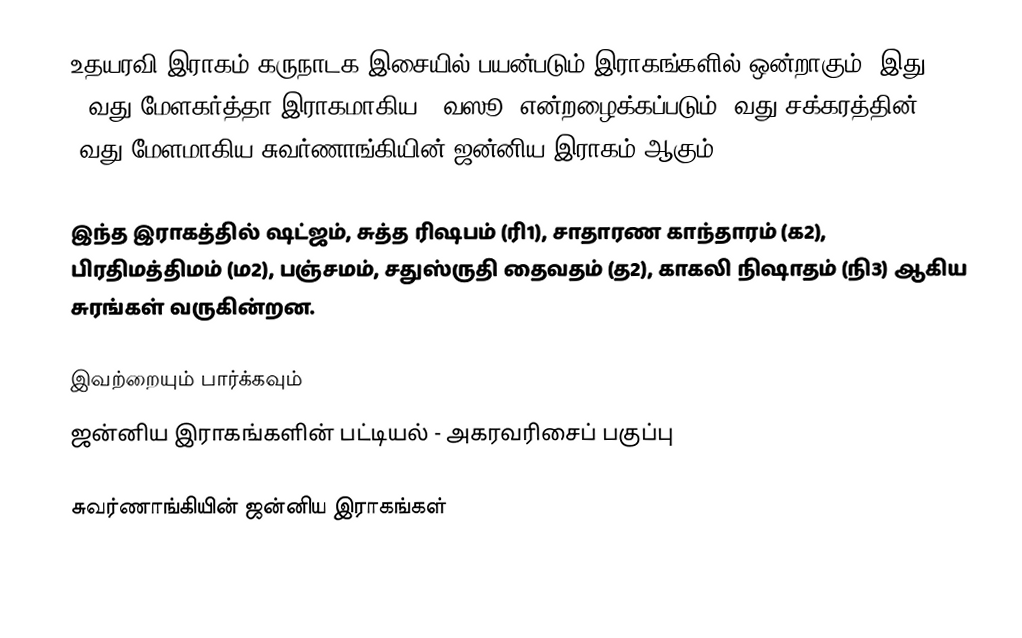
உதயரவி இராகம் கருநாடக இசையில் பயன்படும் இராகங்களில் ஒன்றாகும். இது 47வது மேளகர்த்தா இராகமாகிய, "வஸூ" என்றழைக்கப்படும் 8வது சக்கரத்தின் 5வது மேளமாகிய சுவர்ணாங்கியின் ஜன்னிய இராகம் ஆகும்.

இந்த இராகத்தில் ஷட்ஜம், சுத்த ரிஷபம் (ரி1),  சாதாரண காந்தாரம் (க2), பிரதிமத்திமம் (ம2), பஞ்சமம், சதுஸ்ருதி தைவதம் (த2), காகலி நிஷாதம் (நி3) ஆகிய சுரங்கள் வருகின்றன.

இவற்றையும் பார்க்கவும்
 ஜன்னிய இராகங்களின் பட்டியல் - அகரவரிசைப் பகுப்பு

சுவர்ணாங்கியின் ஜன்னிய இராகங்கள்